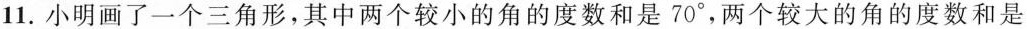
11.小明画了一个三角形，其中两个较小的角的度数和是70°，两个较大的角的度数和是